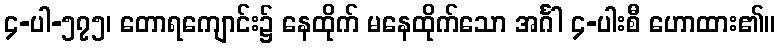
၄-ပါ-၅၇၅၊ တောရကျောင်း၌ နေထိုက် မနေထိုက်သော အင်္ဂါ ၄-ပါးစီ ဟောထား၏။